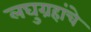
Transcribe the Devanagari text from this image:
लघुग्रहांचे